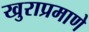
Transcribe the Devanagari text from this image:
खुराप्रमाणे